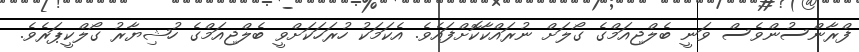
ފްރާންސުންވެސް ވަނީ ބެލްޖިއަމްގެ ގޯލަށް ނުރައްކާކޮށްފައެވެ. އެކަމަކު ހުރަހަކަށްވީ ބެލްޖިއަމްގެ ހުޝިޔާރު ގޯލްކީޕަރެވެ.